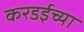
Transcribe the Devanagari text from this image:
करडईच्या